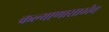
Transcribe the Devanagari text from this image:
कल्याणासाठीच